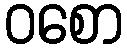
ဝစော